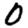
Digit: 0